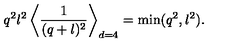
q ^ { 2 } l ^ { 2 } \left\langle { \frac { 1 } { ( q + l ) ^ { 2 } } } \right\rangle _ { d = 4 } = \min ( q ^ { 2 } , l ^ { 2 } ) .